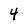
Character: 4